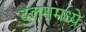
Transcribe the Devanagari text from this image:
दलममध्ये